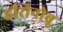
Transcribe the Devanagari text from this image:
हीरोनोबू